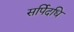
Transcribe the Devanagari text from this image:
सर्पिदधि